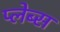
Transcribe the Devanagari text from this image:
प्लेब्स